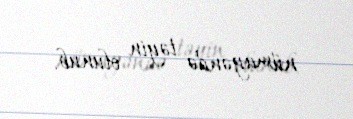
nümayəndə təyin olunub.